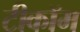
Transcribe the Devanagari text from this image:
टीकॉम